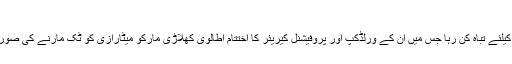
(زینیڈین زیڈان(جرمنی 2006
جرمنی 2006 کا اختتام زیڈان کیلئے تباہ کن رہا جس میں ان کے ورلڈکپ اور پروفیشنل کیریئر کا اختتام اطالوی کھلاڑی مارکو میٹارازی کو ٹک مارنے کی صورت میں گراؤنڈ چھوڑنے پر ہوا۔